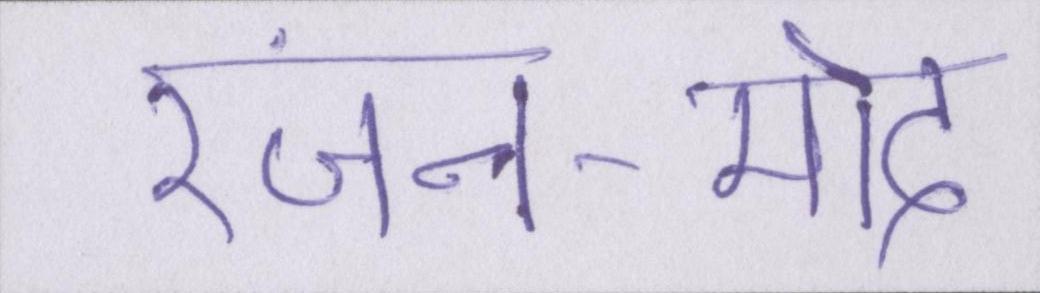
रंजन-मोद